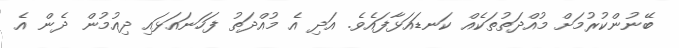
ބޭނުންކުރުމަށް މުއްދަތުތަކެއް ކަނޑައަޅާފައެވެ. އަދި އެ މުއްދަތު ފަހަނައަޅައި ދިއުމުން ދެން އެ